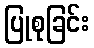
ပြုစုခြင်း